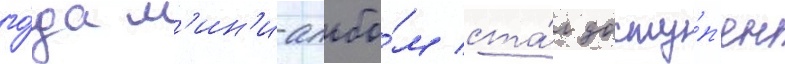
го́да м'ин'и-альбо́м ста́л досту́п'ен